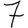
Digit: 7